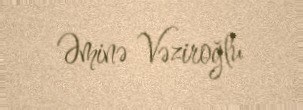
Əminə Vəziroğlu